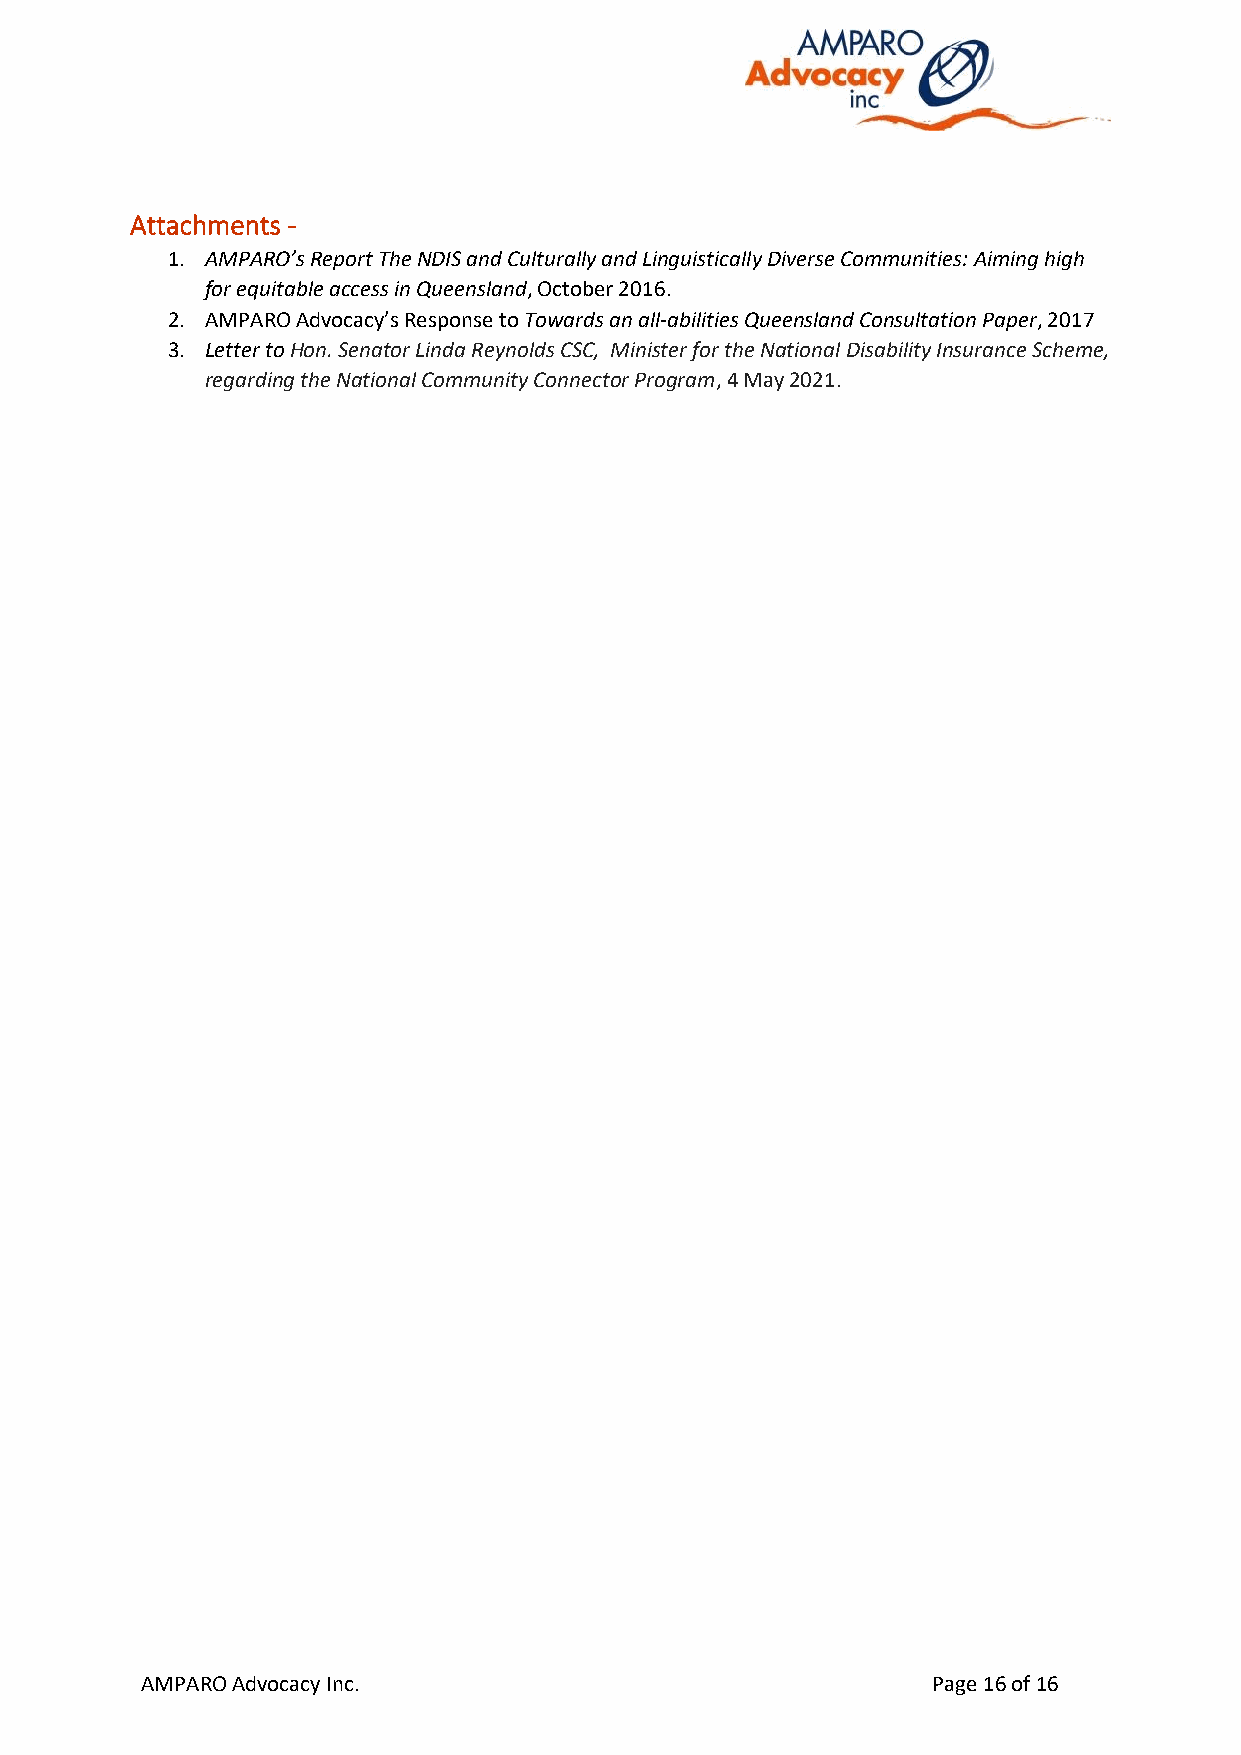
Attachments -
 1. AMPARO’s Report The NDIS and Culturally and Linguistically Diverse Communities: Aiming high
 for equitable access in Queensland, October 2016.
 2. AMPARO Advocacy’s Response to Towards an all-abilities Queensland Consultation Paper, 2017
 3. Letter to Hon. Senator Linda Reynolds CSC, Minister for the National Disability Insurance Scheme,
 regarding the National Community Connector Program, 4 May 2021.
 AMPARO Advocacy Inc.                                 Page 16 of 16